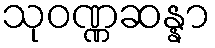
သုဝဏ္ဏဆန္နာ